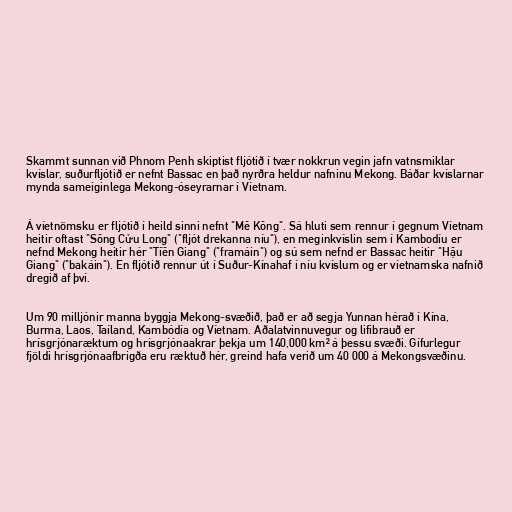
Skammt sunnan við Phnom Penh skiptist fljótið í tvær nokkrun vegin jafn vatnsmiklar
kvíslar, suðurfljótið er nefnt Bassac en það nyrðra heldur nafninu Mekong. Báðar kvíslarnar
mynda sameiginlega Mekong-óseyrarnar í Víetnam.

Á víetnömsku er fljótið í heild sinni nefnt "Mê Kông". Sá hluti sem rennur í gegnum Víetnam
heitir oftast "Sông Cửu Long" ("fljót drekanna níu"), en meginkvíslin sem í Kambodíu er
nefnd Mekong heitir hér "Tiền Giang" ("framáin") og sú sem nefnd er Bassac heitir "Hậu
Giang" ("bakáin"). En fljótið rennur út í Suður-Kínahaf í níu kvíslum og er víetnamska nafnið
dregið af því.

Um 90 milljónir manna byggja Mekong-svæðið, það er að segja Yunnan hérað í Kína,
Burma, Laos, Taíland, Kambódía og Víetnam. Aðalatvinnuvegur og lifibrauð er
hrísgrjónaræktum og hrísgrjónaakrar þekja um 140,000 km² á þessu svæði. Gífurlegur
fjöldi hrísgrjónaafbrigða eru ræktuð hér, greind hafa verið um 40 000 á Mekongsvæðinu.